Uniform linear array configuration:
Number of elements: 64
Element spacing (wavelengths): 1
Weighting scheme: blackman
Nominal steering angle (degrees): -45
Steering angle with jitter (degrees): -46.567
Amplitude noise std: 0.05
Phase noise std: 0.05

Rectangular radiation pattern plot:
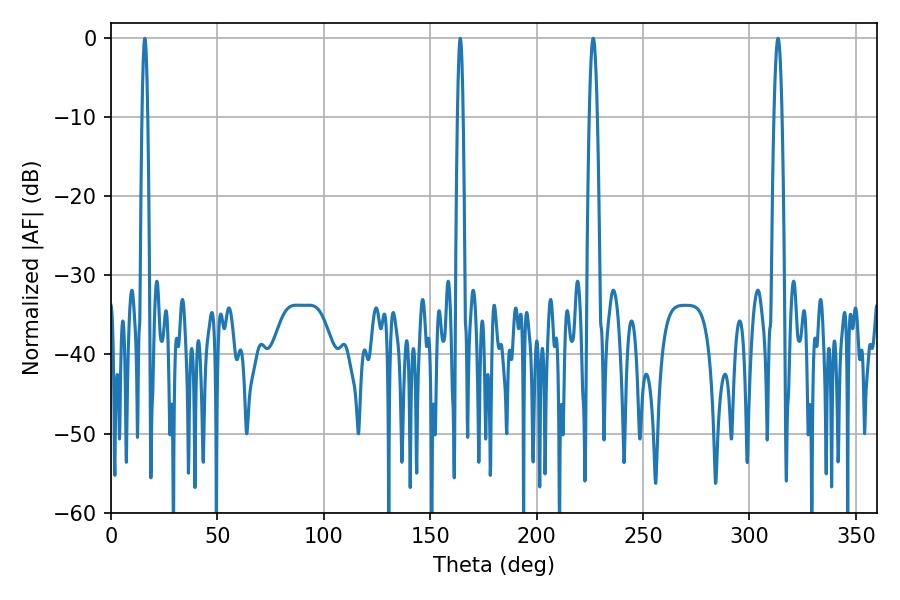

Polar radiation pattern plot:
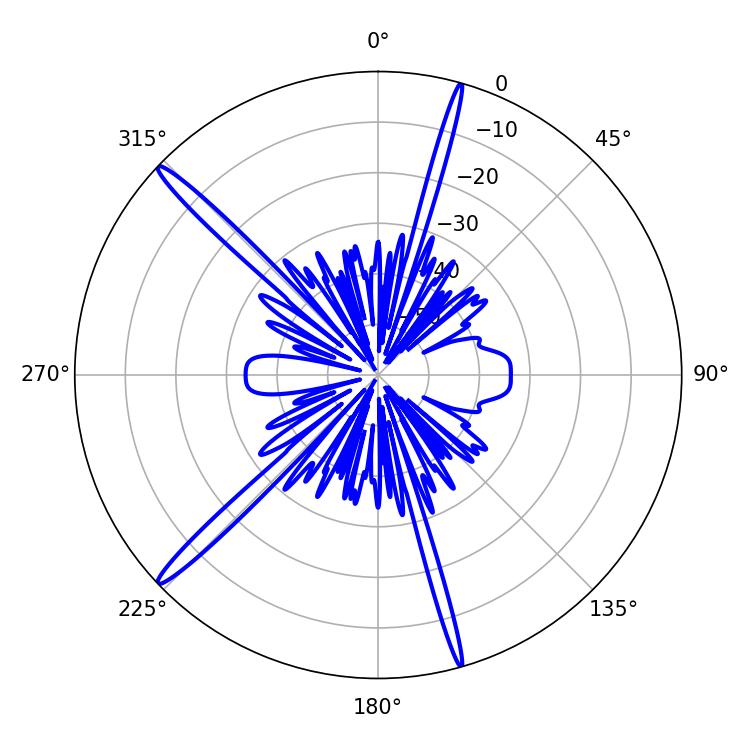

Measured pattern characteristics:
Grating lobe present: TRUE
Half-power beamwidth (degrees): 1.98
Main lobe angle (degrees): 313.38